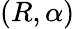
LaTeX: \left(R,\alpha\right)